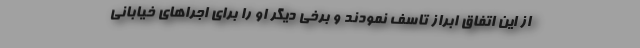
از این اتفاق ابراز تاسف نمودند و برخی دیگر او را برای اجراهای خیابانی